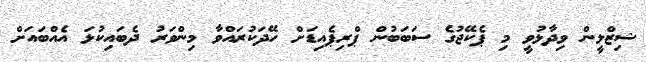
ޝިޒްލީން ވިދާޅުވީ މި ޕެކޭޖުގެ ސަބަބުން ޕްރިޕެއިޑަށް ހޭދަކުރައްވާ މިންވަރު ދެބައިކުޅަ އެއްބައަށް